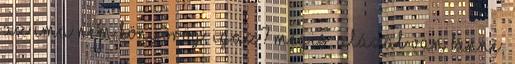
az ima nem könyörög, igaz? Mégis, alázat van benne,